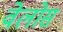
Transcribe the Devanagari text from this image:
वेलोस